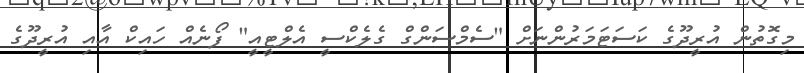
މިގޮތުން އުރީދޫގެ ކަސަޓަމަރުންނަށް "ސެމްސަންގް ގެލެކްސީ އެލްޓީއީ" ފޯނެއް ހައިކް އާއި އުރީދޫގެ